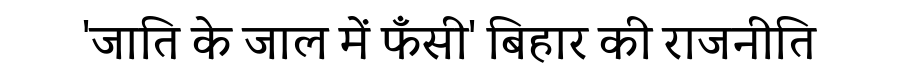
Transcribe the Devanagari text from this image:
'जाति के जाल में फँसी' बिहार की राजनीति